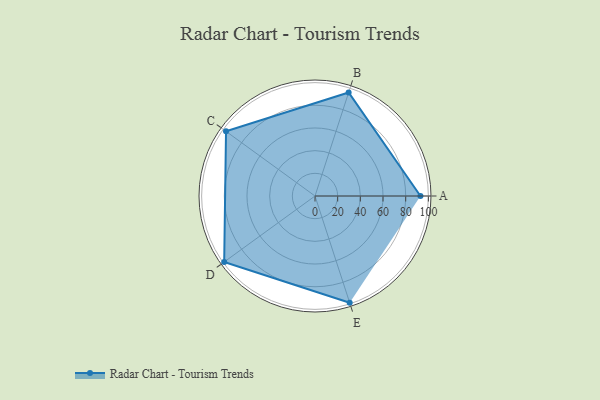
{"axis": {"x": "Skill", "y": "Score"}, "legend": ["Profile"], "data": [{"x": "A", "y": 93.0, "type": "Profile"}, {"x": "B", "y": 96.0, "type": "Profile"}, {"x": "C", "y": 97.0, "type": "Profile"}, {"x": "D", "y": 99, "type": "Profile"}, {"x": "E", "y": 99, "type": "Profile"}]}